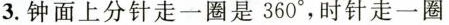
3.钟面上分针走一圈是360°，时针走一圈